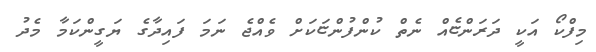
މިފްކޯ އަކީ ދަރަންޏެއް ނެތް ކުންފުންޏަކަށް ވެއްޖެ ނަމަ ފައިދާގެ ޔަގީންކަމާ މެދު